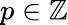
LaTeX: p\in\mathbb Z